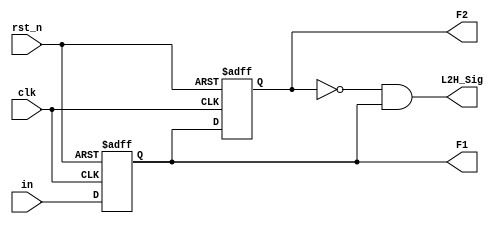
module posedge_detect_sar (
    clk, rst_n, in, L2H_Sig, F1, F2
);
    input clk;
    input rst_n;
    input in;
    output L2H_Sig, F1, F2;
    reg F1;
    reg F2;
    wire L2H_Sig;

    always @(posedge clk, negedge rst_n) begin
        if (!rst_n)
        begin
            F1 <= 1'b1;
            F2 <= 1'b1;
        end
        else
        begin
            F1 <= in;
            F2 <= F1;
        end    
    end
    assign L2H_Sig = !F2 & F1;
endmodule